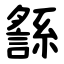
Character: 䌛